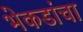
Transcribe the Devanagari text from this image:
भेकडांचा